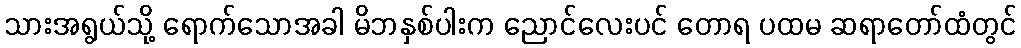
သားအရွယ်သို့ ရောက်သောအခါ မိဘနှစ်ပါးက ညောင်လေးပင် တောရ ပထမ ဆရာတော်ထံတွင်